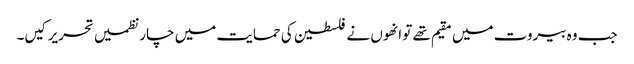
جب وہ بیروت میں مقیم تھے تو انھوں نے فلسطین کی حمایت میں چار نظمیں تحریر کیں۔